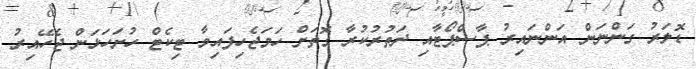
ޑޮލަރު ގަންނަން އަންނައިރު ޕާސްޕޯޓާއި ދަތުރުކުރާ ގޮތަށް ހަމަޖެހިފައިވާ ޓިކެޓް ހުށަހަޅަން ޖެހޭއިރު